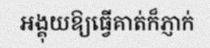
អង្គុយឱ្យធ្វើគាត់ក៏ភ្ញាក់